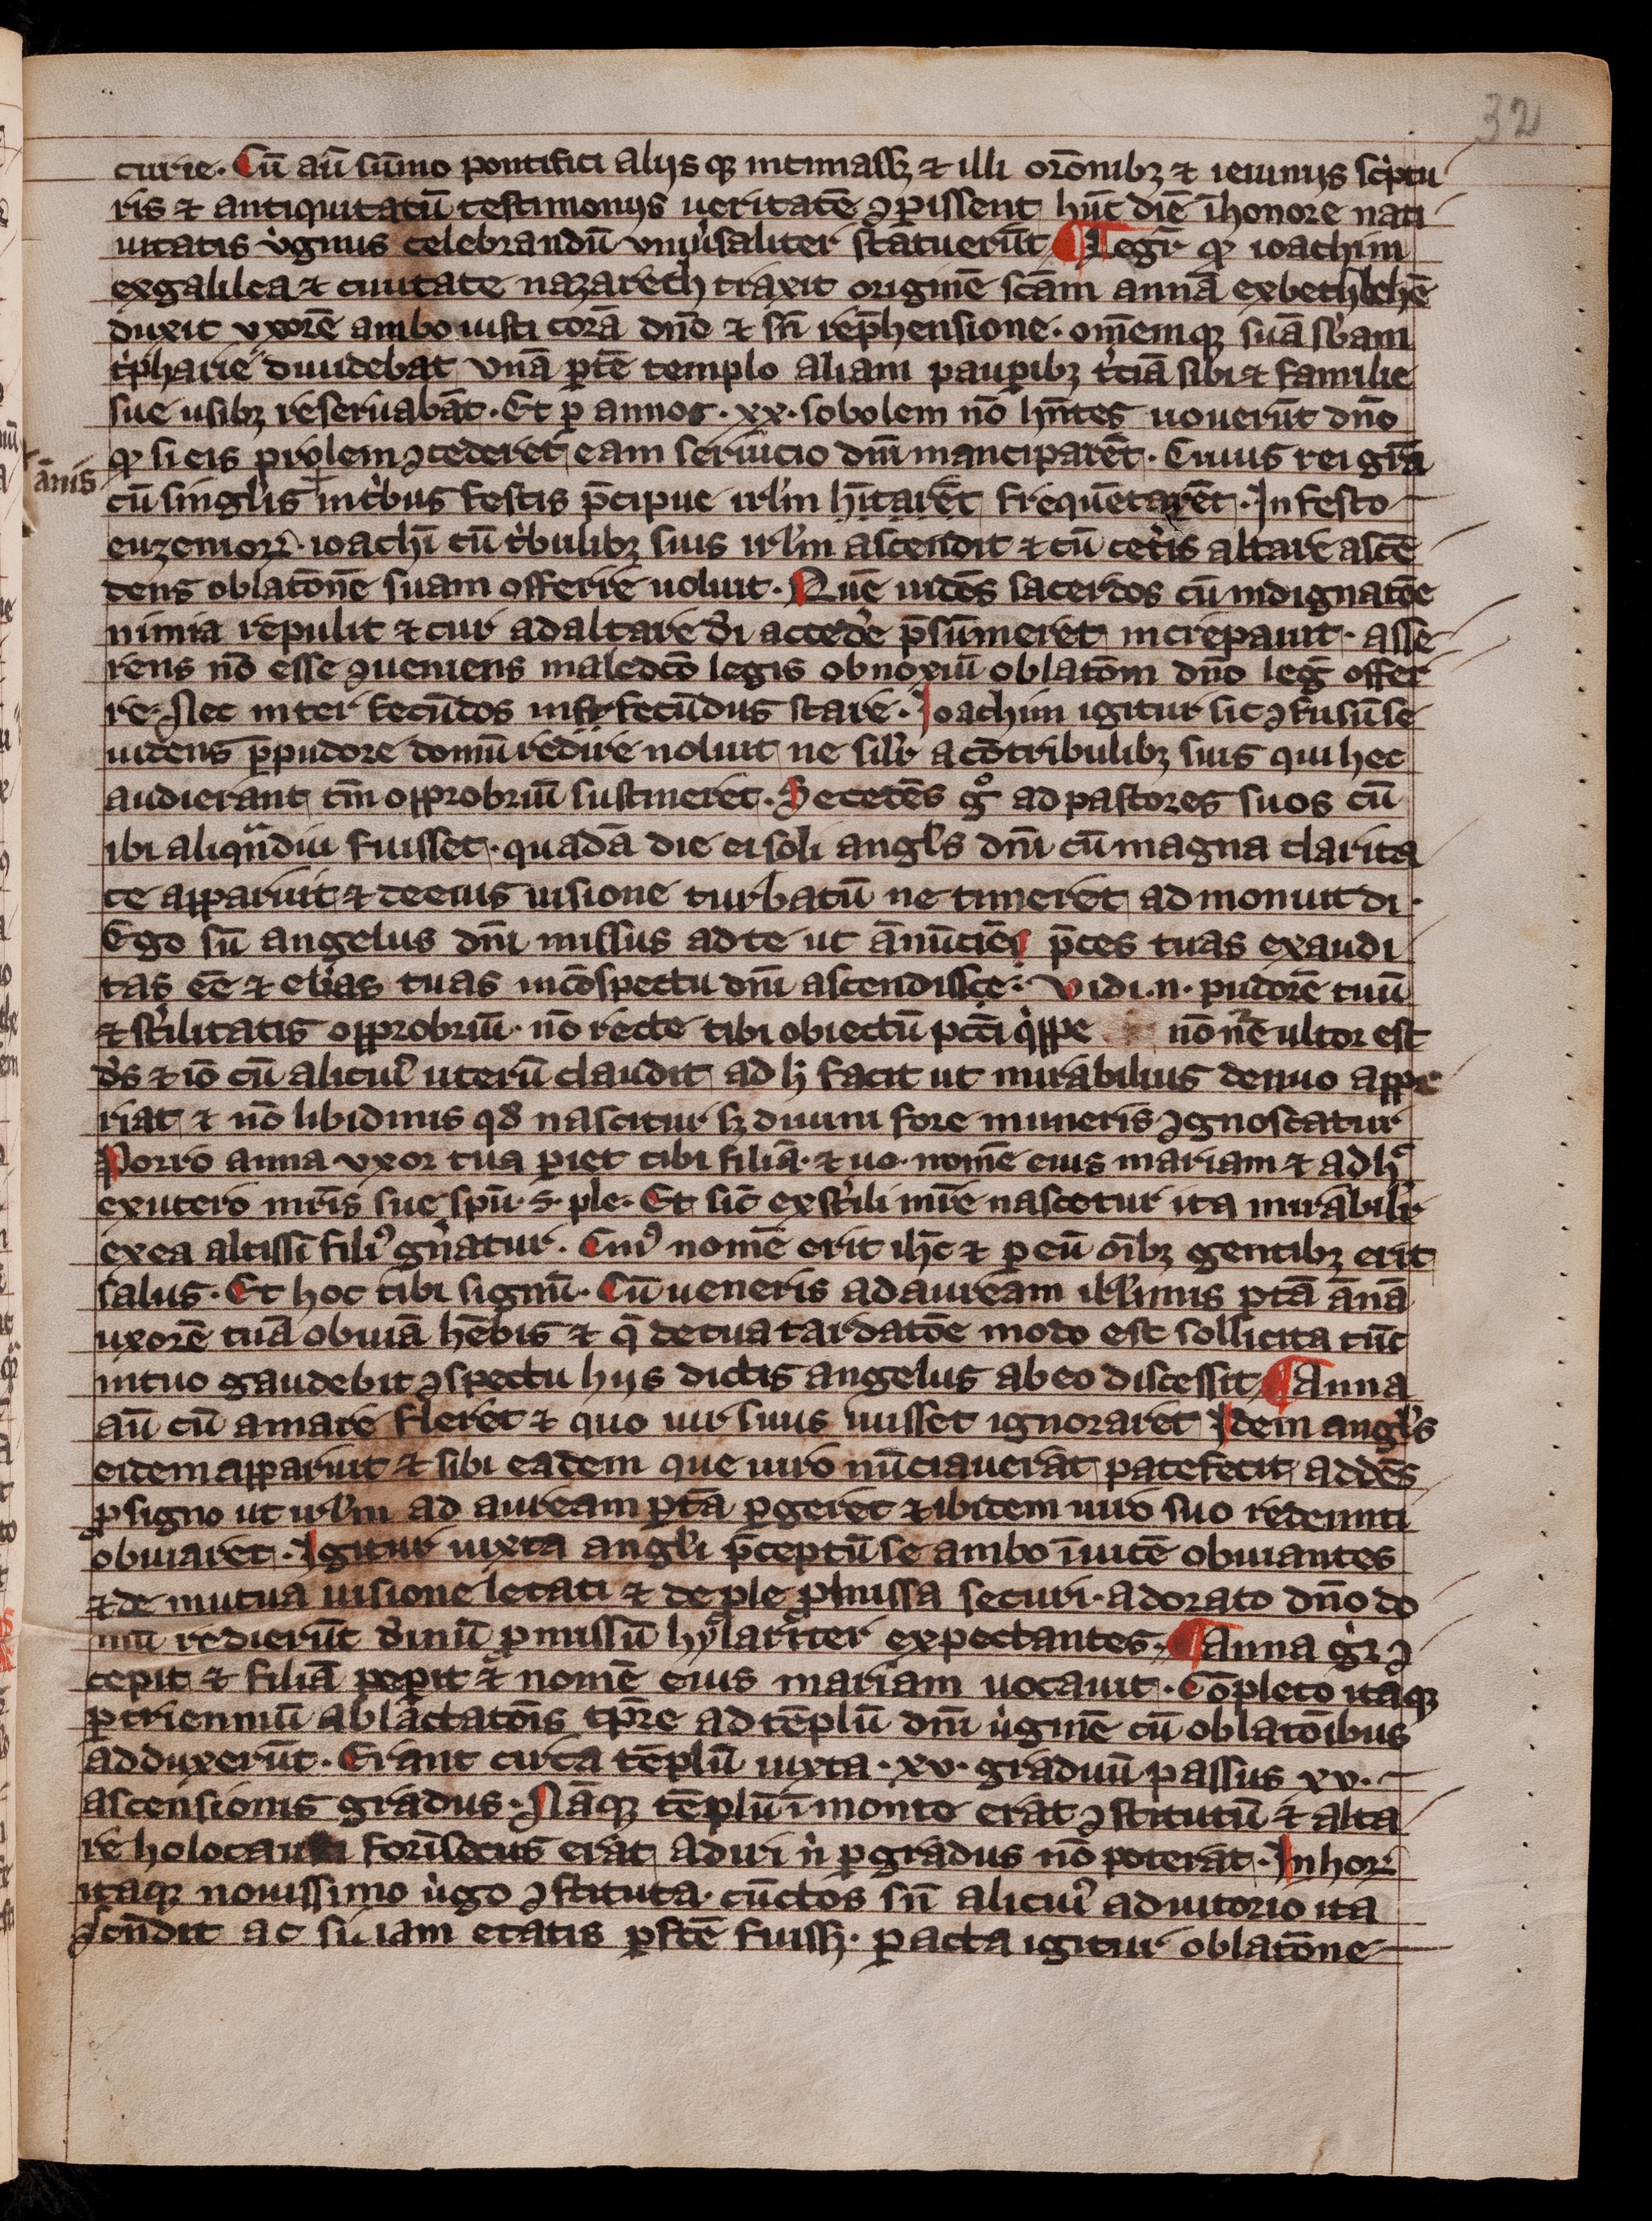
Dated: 1300–1399